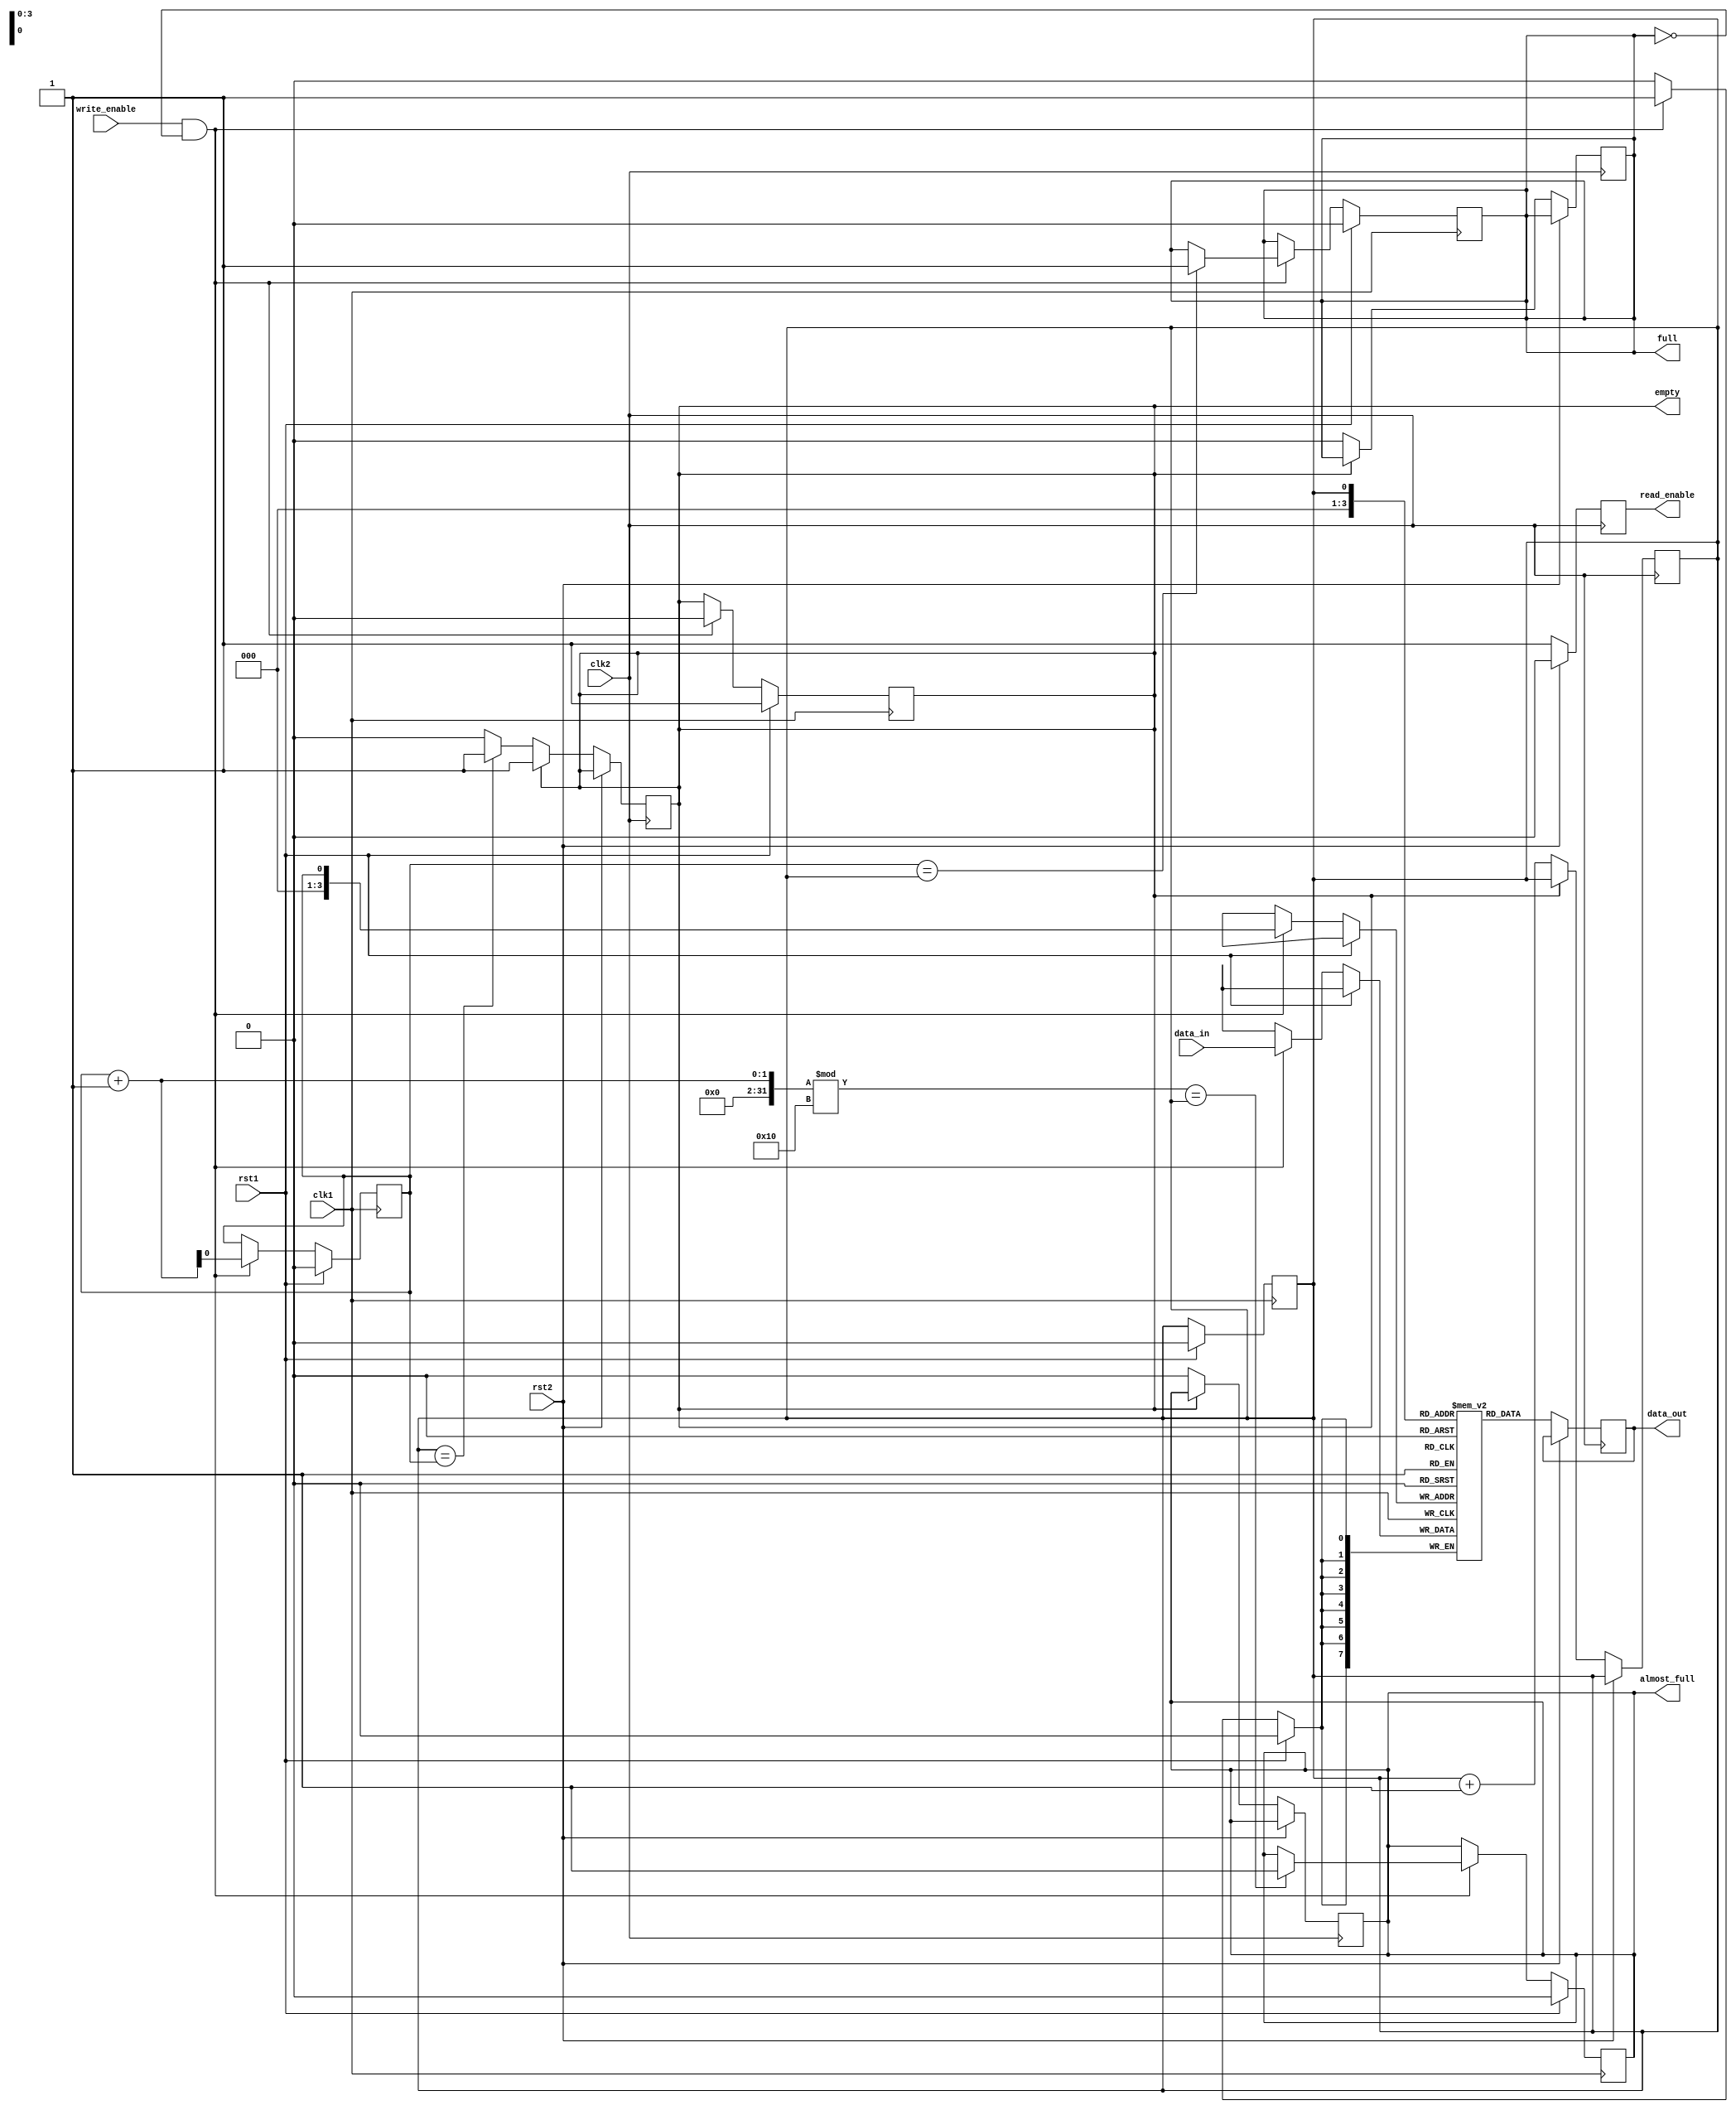
module dual_port_fifo (
  input wire clk1, // Clock for port 1
  input wire rst1, // Reset for port 1
  input wire write_enable, // Write enable signal for writing data
  input wire [DATA_WIDTH-1:0] data_in, // Data input for writing
  output reg full, // Flag indicating FIFO buffer is full
  output reg almost_full, // Flag indicating FIFO buffer is almost full
  output reg empty, // Flag indicating FIFO buffer is empty
  output wire [DATA_WIDTH-1:0] data_out, // Data output for reading
  output reg read_enable, // Read enable signal for reading data
  input wire clk2, // Clock for port 2
  input wire rst2 // Reset for port 2
);

parameter DEPTH = 16; // Depth of FIFO buffer
parameter DATA_WIDTH = 8; // Width of data bus

reg [DATA_WIDTH-1:0] fifo [0:DEPTH-1];
reg read_ptr = 0;
reg write_ptr = 0;

always @(posedge clk1) begin
  if (rst1) begin
    read_ptr <= 0;
    write_ptr <= 0;
    full <= 0;
    almost_full <= 0;
    empty <= 1;
  end else begin
    if (write_enable && !full) begin
      fifo[write_ptr] <= data_in;
      write_ptr <= write_ptr + 1;
      if (write_ptr == DEPTH) write_ptr <= 0;
      if (write_ptr == read_ptr) full <= 1;
      if ((write_ptr + 1) % DEPTH == read_ptr) almost_full <= 1;
      empty <= 0;
    end
  end
end

always @(posedge clk2) begin
  if (rst2) begin
    read_enable <= 0;
  end else begin
    read_enable <= 1;
    data_out <= fifo[read_ptr];
    if (!empty) begin
      read_ptr <= read_ptr + 1;
      if (read_ptr == DEPTH) read_ptr <= 0;
      if (full) full <= 0;
      if (almost_full) almost_full <= 0;
      if (read_ptr == write_ptr) empty <= 1;
    end
  end
end

endmodule